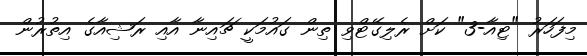
މިފަހަރު "ޓިއާ-3" ކަށް ރެލިގޭޓްވި ތިން ގައުމަކީ ޗައިނާ އާއި ރަޝިއާގެ އިތުރުން